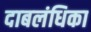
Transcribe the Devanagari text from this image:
दाबलंधिका